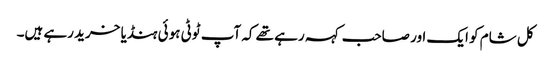
کل شام کو ایک اور صاحب کہہ رہے تھے کہ آپ ٹوٹی ہوئی ہنڈیا خرید رہے ہیں۔